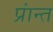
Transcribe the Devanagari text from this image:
प्रांन्त